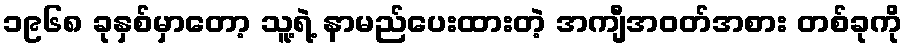
၁၉၆၈ ခုနှစ်မှာတော့ သူ့ရဲ့ နာမည်ပေးထားတဲ့ အကျီအဝတ်အစား တစ်ခုကို